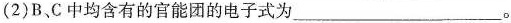
(2)B、C中均含有的官能团的电子式为___。